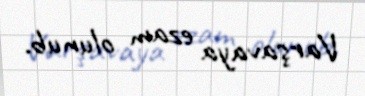
Varşavaya ezam olunub.